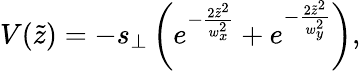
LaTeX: V(\tilde{z})=-s_{\perp}\left(e^{-\frac{2\tilde{z}^{2}}{w_{x}^{2}}}+e^{-\frac{2\tilde{z}^{2}}{w_{y}^{2}}}\right),